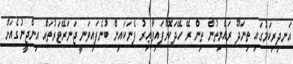
އަނދިރިކަމުގައި ތިނަދޫ ރައްޔިތުން ތިން ރޭ ހޭދަކޮށްފައިވާޢިރު ފެނަކައިން ބުނެފައިވަނީ ޖަަނަރޭޓަރުތައް އިންޖީނުގެއަށް